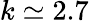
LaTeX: k\simeq 2.7